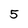
Character: 5